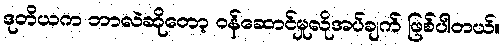
ဒုတိယက ဘာလဲဆိုတော့ ဝန်ဆောင်မှုလိုအပ်ချက် ဖြစ်ပါတယ်။